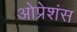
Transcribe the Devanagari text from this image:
ओप्रेशंस